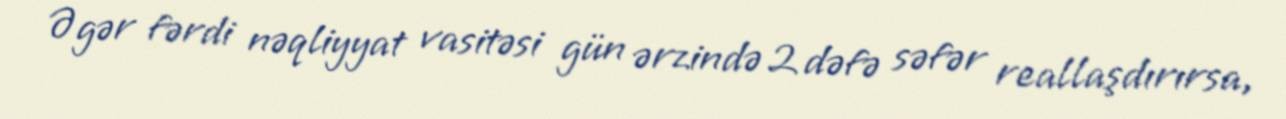
Əgər fərdi nəqliyyat vasitəsi gün ərzində 2 dəfə səfər reallaşdırırsa,